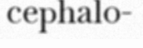
cephalo-